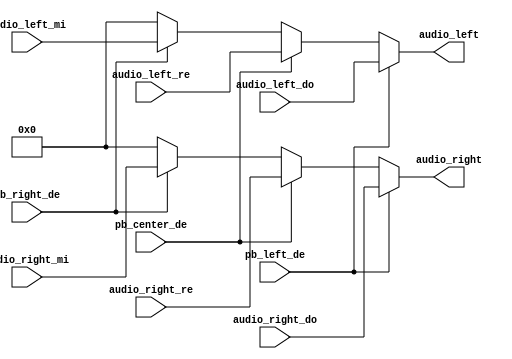
`timescale 1ns / 1ps
//////////////////////////////////////////////////////////////////////////////////
// Company: 
// Engineer: 
// 
// Design Name: 
// Module Name: audio_selector
// Project Name: 
// Target Devices: 
// Tool Versions: 
// Description: 
// 
// Dependencies: 
// 
// Revision:
// Revision 0.01 - File Created
// Additional Comments:
// 
//////////////////////////////////////////////////////////////////////////////////


module audio_selector(
    input [15:0] audio_left_do,
    input [15:0] audio_right_do,
    input [15:0] audio_left_re,
    input [15:0] audio_right_re,
    input [15:0] audio_left_mi,
    input [15:0] audio_right_mi,
    output reg [15:0] audio_left,
    output reg [15:0] audio_right,
    input pb_left_de,
    input pb_center_de,
    input pb_right_de
    );
    
    always @*
        if (pb_left_de) begin
            audio_left = audio_left_do;
            audio_right = audio_right_do;
        end
        else if (pb_center_de) begin
            audio_left = audio_left_re;
            audio_right = audio_right_re;
        end
        else if (pb_right_de) begin
            audio_left = audio_left_mi;
            audio_right = audio_right_mi;
        end
        else begin
            audio_left = 16'd0;
            audio_right = 16'd0;
        end
    
endmodule